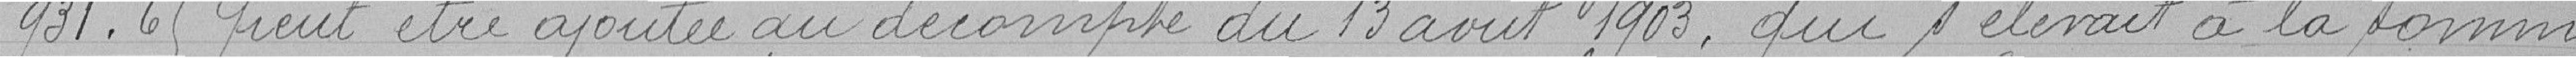
931.65 peut être ajoutée au décompte du 13 août 1903, qui s'élevait àa la somme